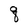
Character: q